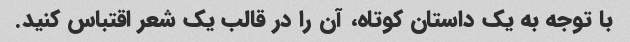
با توجه به یک داستان کوتاه، آن را در قالب یک شعر اقتباس کنید.